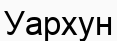
Уархун